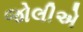
જોલીએ